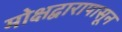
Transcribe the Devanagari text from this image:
मोक्षद्वारापासून